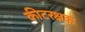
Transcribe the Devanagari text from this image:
कीटरक्षक